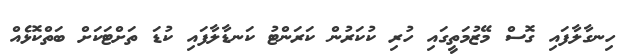
ހިނގާލާފައި ގޮސް މޭޒުމަތީގައި ހުރި ކުކަރުން ކަރަންޓު ކަނޑާލާފައި ކުޑަ ތަށްޓަކަށް ބަތްކޮޅެއް